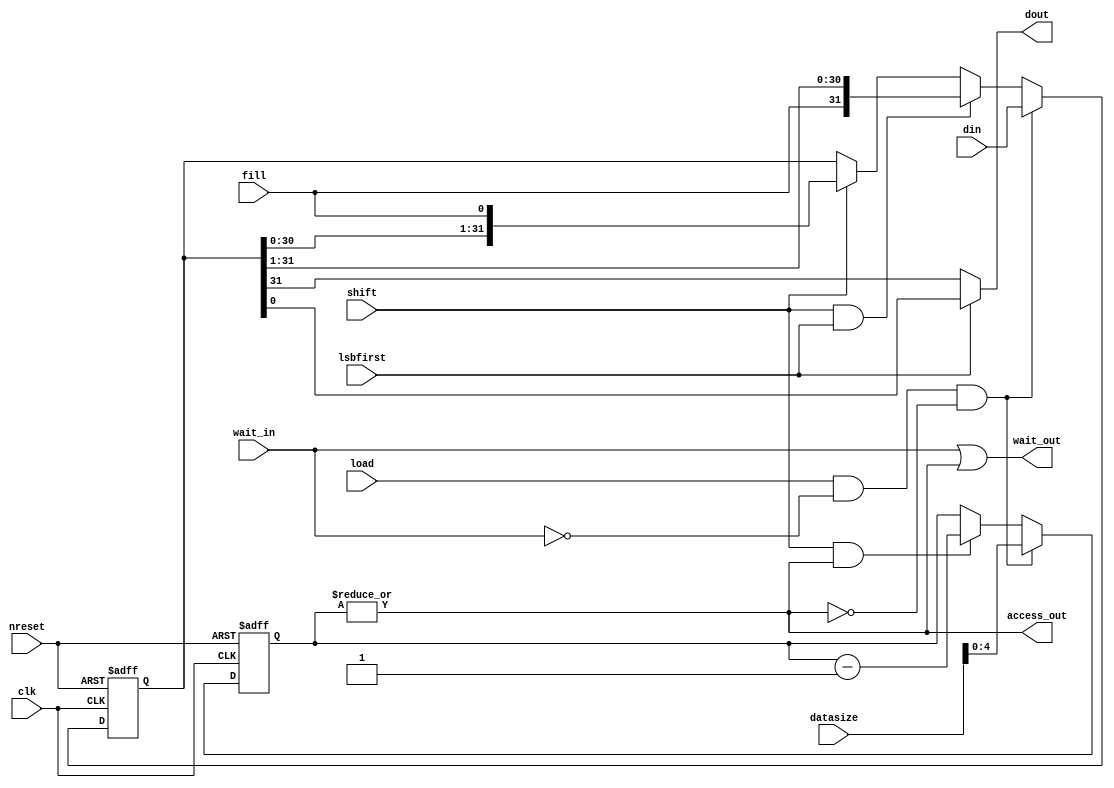
//#############################################################################
//# Function: Parallel to Serial Converter                                    #
//#############################################################################
//# Author:   Andreas Olofsson                                                #
//# License:  MIT (see LICENSE in OH! repositpory)                            #
//#############################################################################

module oh_par2ser #(parameter PW = 32, // parallel packet width
		    parameter SW = 1,  // serial packet width
		    parameter CW = $clog2(PW/SW)  // serialization factor
		    )
   (
    input 	    clk, // sampling clock
    input 	    nreset, // async active low reset
    input [PW-1:0]  din, // parallel data
    output [SW-1:0] dout, // serial output data
    output 	    access_out,// output data valid
    input 	    load, // load parallel data (priority)
    input 	    shift, // shift data
    input [7:0]     datasize, // size of data to shift
    input 	    lsbfirst, // lsb first order
    input 	    fill, // fill bit
    input 	    wait_in, // wait input
    output 	    wait_out // wait output (wait in | serial wait)
    );

   // local wires
   reg [PW-1:0]    shiftreg;
   reg [CW-1:0]    count;
   wire 	   start_transfer;
   wire 	   busy;

   // start serialization
   assign start_transfer = load &  ~wait_in & ~busy;

   //transfer counter
   always @ (posedge clk or negedge nreset)
     if(!nreset)
       count[CW-1:0] <= 'b0;
     else if(start_transfer)
       count[CW-1:0] <= datasize[CW-1:0];  //one "SW sized" transfers
     else if(shift & busy)
       count[CW-1:0] <= count[CW-1:0] - 1'b1;

   //output data is valid while count > 0
   assign busy = |count[CW-1:0];

   //data valid while shifter is busy
   assign access_out = busy;

   //wait until valid data is finished
   assign wait_out  = wait_in | busy;

   // shift register
   always @ (posedge clk or negedge nreset)
     if(!nreset)
       shiftreg[PW-1:0] = 'b0;
     else if(start_transfer)
       shiftreg[PW-1:0] = din[PW-1:0];
     else if(shift & lsbfirst)
       shiftreg[PW-1:0] = {{(SW){fill}}, shiftreg[PW-1:SW]};
     else if(shift)
       shiftreg[PW-1:0] = {shiftreg[PW-SW-1:0],{(SW){fill}}};


   assign dout[SW-1:0] = lsbfirst ? shiftreg[SW-1:0] :
			            shiftreg[PW-1:PW-SW];

endmodule // oh_par2ser